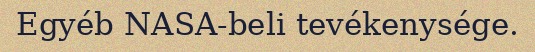
Egyéb NASA-beli tevékenysége.